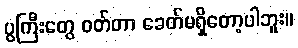
ပွကြီးတွေ ဝတ်တာ ခေတ်မရှိတော့ပါဘူး။